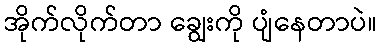
အိုက်လိုက်တာ ချွေးကို ပျံနေတာပဲ။